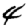
Digit: 4